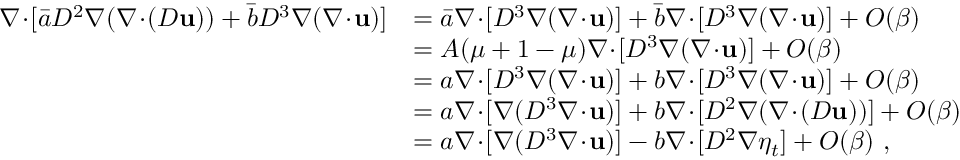
\begin{array} { r l } { \nabla \! \cdot \! [ \bar { a } D ^ { 2 } \nabla ( \nabla \! \cdot \! ( D \mathbf { u } ) ) + \bar { b } D ^ { 3 } \nabla ( \nabla \! \cdot \! \mathbf { u } ) ] } & { = \bar { a } \nabla \! \cdot \! [ D ^ { 3 } \nabla ( \nabla \! \cdot \! \mathbf { u } ) ] + \bar { b } \nabla \! \cdot \! [ D ^ { 3 } \nabla ( \nabla \! \cdot \! \mathbf { u } ) ] + O ( \beta ) } \\ & { = A ( \mu + 1 - \mu ) \nabla \! \cdot \! [ D ^ { 3 } \nabla ( \nabla \! \cdot \! \mathbf { u } ) ] + O ( \beta ) } \\ & { = a \nabla \! \cdot \! [ D ^ { 3 } \nabla ( \nabla \! \cdot \! \mathbf { u } ) ] + b \nabla \! \cdot \! [ D ^ { 3 } \nabla ( \nabla \! \cdot \! \mathbf { u } ) ] + O ( \beta ) } \\ & { = a \nabla \! \cdot \! [ \nabla ( D ^ { 3 } \nabla \! \cdot \! \mathbf { u } ) ] + b \nabla \! \cdot \! [ D ^ { 2 } \nabla ( \nabla \! \cdot \! ( D \mathbf { u } ) ) ] + O ( \beta ) } \\ & { = a \nabla \! \cdot \! [ \nabla ( D ^ { 3 } \nabla \! \cdot \! \mathbf { u } ) ] - b \nabla \! \cdot \! [ D ^ { 2 } \nabla \eta _ { t } ] + O ( \beta ) \ , } \end{array}